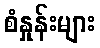
စံနှုန်းများ